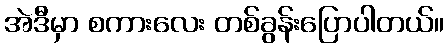
အဲဒီမှာ စကားလေး တစ်ခွန်းပြောပါတယ်။